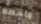
واقعه